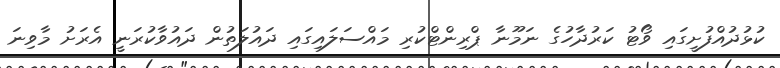
ކުޅުދުއްފުށީގައި ވޯޓު ކަރުދާހުގެ ނަމޫނާ ޕްރިންޓްކުރި މައްސަލައިގައި ދައުލަތުން ދައުވާކުރަނީ އެރަށު މާވިނަ